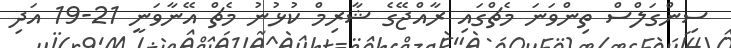
ސިންގަލްސް ތިންވަނަ މެޗްގައި ރާއްޖޭގެ ޝާރިމް ކުޅުނު މެޗް އޭނާވަނީ 21-19 އަދި